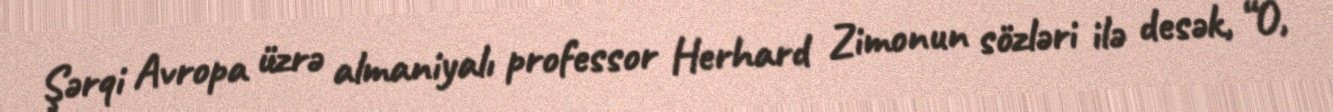
Şərqi Avropa üzrə almaniyalı professor Herhard Zimonun sözləri ilə desək, “O,